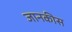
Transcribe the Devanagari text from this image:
जानकीस